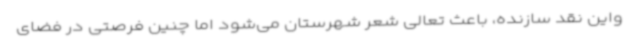
واین نقد سازنده، باعث تعالی شعر شهرستان می‌شود اما چنین فرصتی در فضای